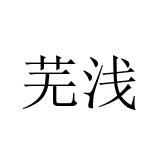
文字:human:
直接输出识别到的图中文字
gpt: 芜浅